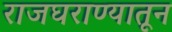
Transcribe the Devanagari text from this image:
राजघराण्यातून